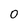
Character: o